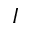
I